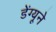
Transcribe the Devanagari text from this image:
डेंग्यूने